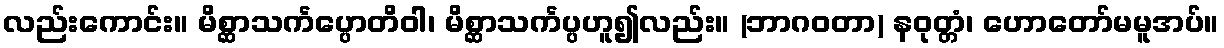
လည်းကောင်း။ မိစ္ဆာသင်္ကပ္ပောတိဝါ၊ မိစ္ဆာသင်္ကပ္ပဟူ၍လည်း။ (ဘာဂဝတာ) နဝုတ္တံ၊ ဟောတော်မမူအပ်။